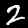
Label: 2